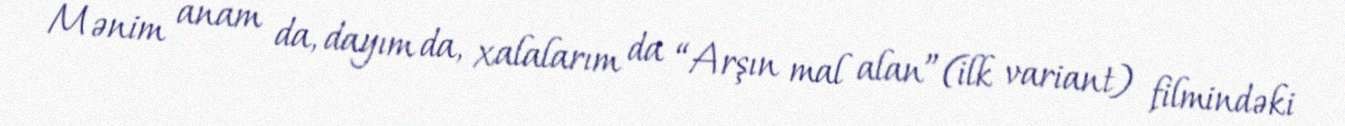
Mənim anam da, dayım da, xalalarım da “Arşın mal alan”(ilk variant) filmindəki